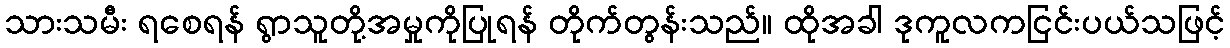
သားသမီး ရစေရန် ရွာသူတို့အမှုကိုပြုရန် တိုက်တွန်းသည်။ ထိုအခါ ဒုကူလကငြင်းပယ်သဖြင့်